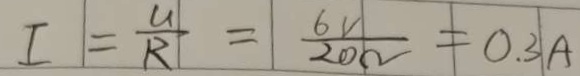
I = \frac { U } { R } = \frac { 6 V } { 2 0 \Omega } = 0 . 3 A